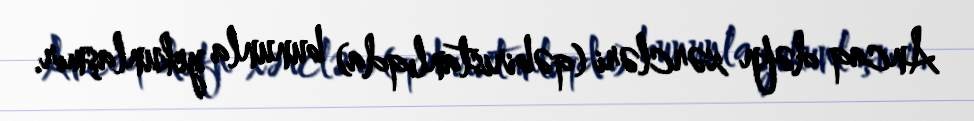
Ancaq dəfn xərcləri (qəbiristanlıqda) bununla yekunlaşmır.